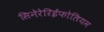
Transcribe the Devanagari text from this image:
सिनेरेरिईफोलियम